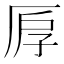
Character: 𠩞